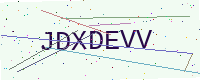
Text: JDXDEVV